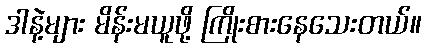
ဒါနဲ့များ မိန်းမယူဖို့ ကြိုးစားနေသေးတယ်။